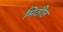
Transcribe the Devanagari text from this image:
मिठीत